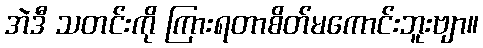
အဲဒီ သတင်းကို ကြားရတာစိတ်မကောင်းဘူးဗျာ။